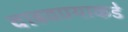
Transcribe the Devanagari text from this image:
वाढवण्याकडे